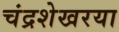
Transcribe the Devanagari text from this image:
चंद्रशेखरया